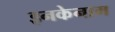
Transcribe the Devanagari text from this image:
इनकेनाम